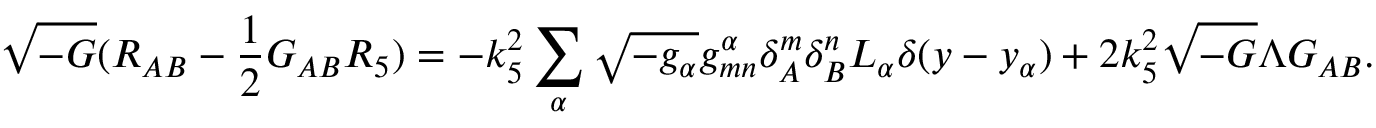
\sqrt { - G } ( R _ { A B } - \frac { 1 } { 2 } G _ { A B } R _ { 5 } ) = - k _ { 5 } ^ { 2 } \sum _ { \alpha } \sqrt { - g _ { \alpha } } g _ { m n } ^ { \alpha } \delta _ { A } ^ { m } \delta _ { B } ^ { n } { \cal L } _ { \alpha } \delta ( y - y _ { \alpha } ) + 2 k _ { 5 } ^ { 2 } \sqrt { - G } \Lambda G _ { A B } .